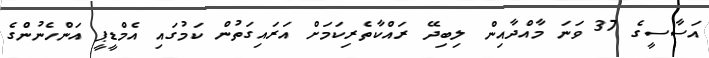
އަސާސީގެ 37 ވަނަ މާއްދާއިން ލިބިދޭ ރައްކާތެރިކަމަށް އަރައިގަތުން ކަމުގައި އެމްޑީޕީ އަންހެނުންގެ